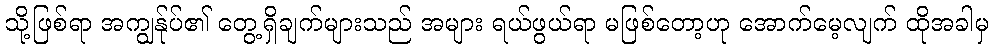
သို့ဖြစ်ရာ အကျွန်ုပ်၏ တွေ့ရှိချက်များသည် အများ ရယ်ဖွယ်ရာ မဖြစ်တော့ဟု အောက်မေ့လျက် ထိုအခါမှ